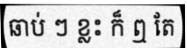
ឆាប់ ៗ ខ្លះ ក៏ ឮ តែ